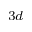
_ { 3 d }